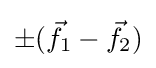
\pm ({\vec {f}}_{1}-{\vec {f}}_{2})